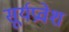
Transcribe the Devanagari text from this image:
सूर्यप्रवेश